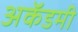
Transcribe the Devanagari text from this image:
अकॅडमी